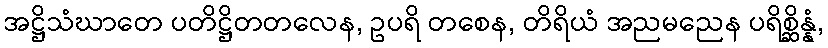
အဋ္ဌိသံဃာတေ ပတိဋ္ဌိတတလေန, ဥပရိ တစေန, တိရိယံ အညမညေန ပရိစ္ဆိန္နံ,